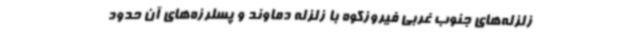
زلزله‌های جنوب غربی فیروزکوه با زلزله دماوند و پسلرزه‌های آن حدود